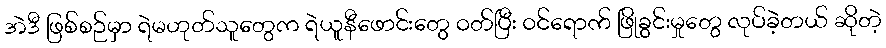
အဲဒီ ဖြစ်စဉ်မှာ ရဲမဟုတ်သူတွေက ရဲယူနီဖောင်းတွေ ဝတ်ပြီး ဝင်ရောက် ဖြိုခွင်းမှုတွေ လုပ်ခဲ့တယ် ဆိုတဲ့